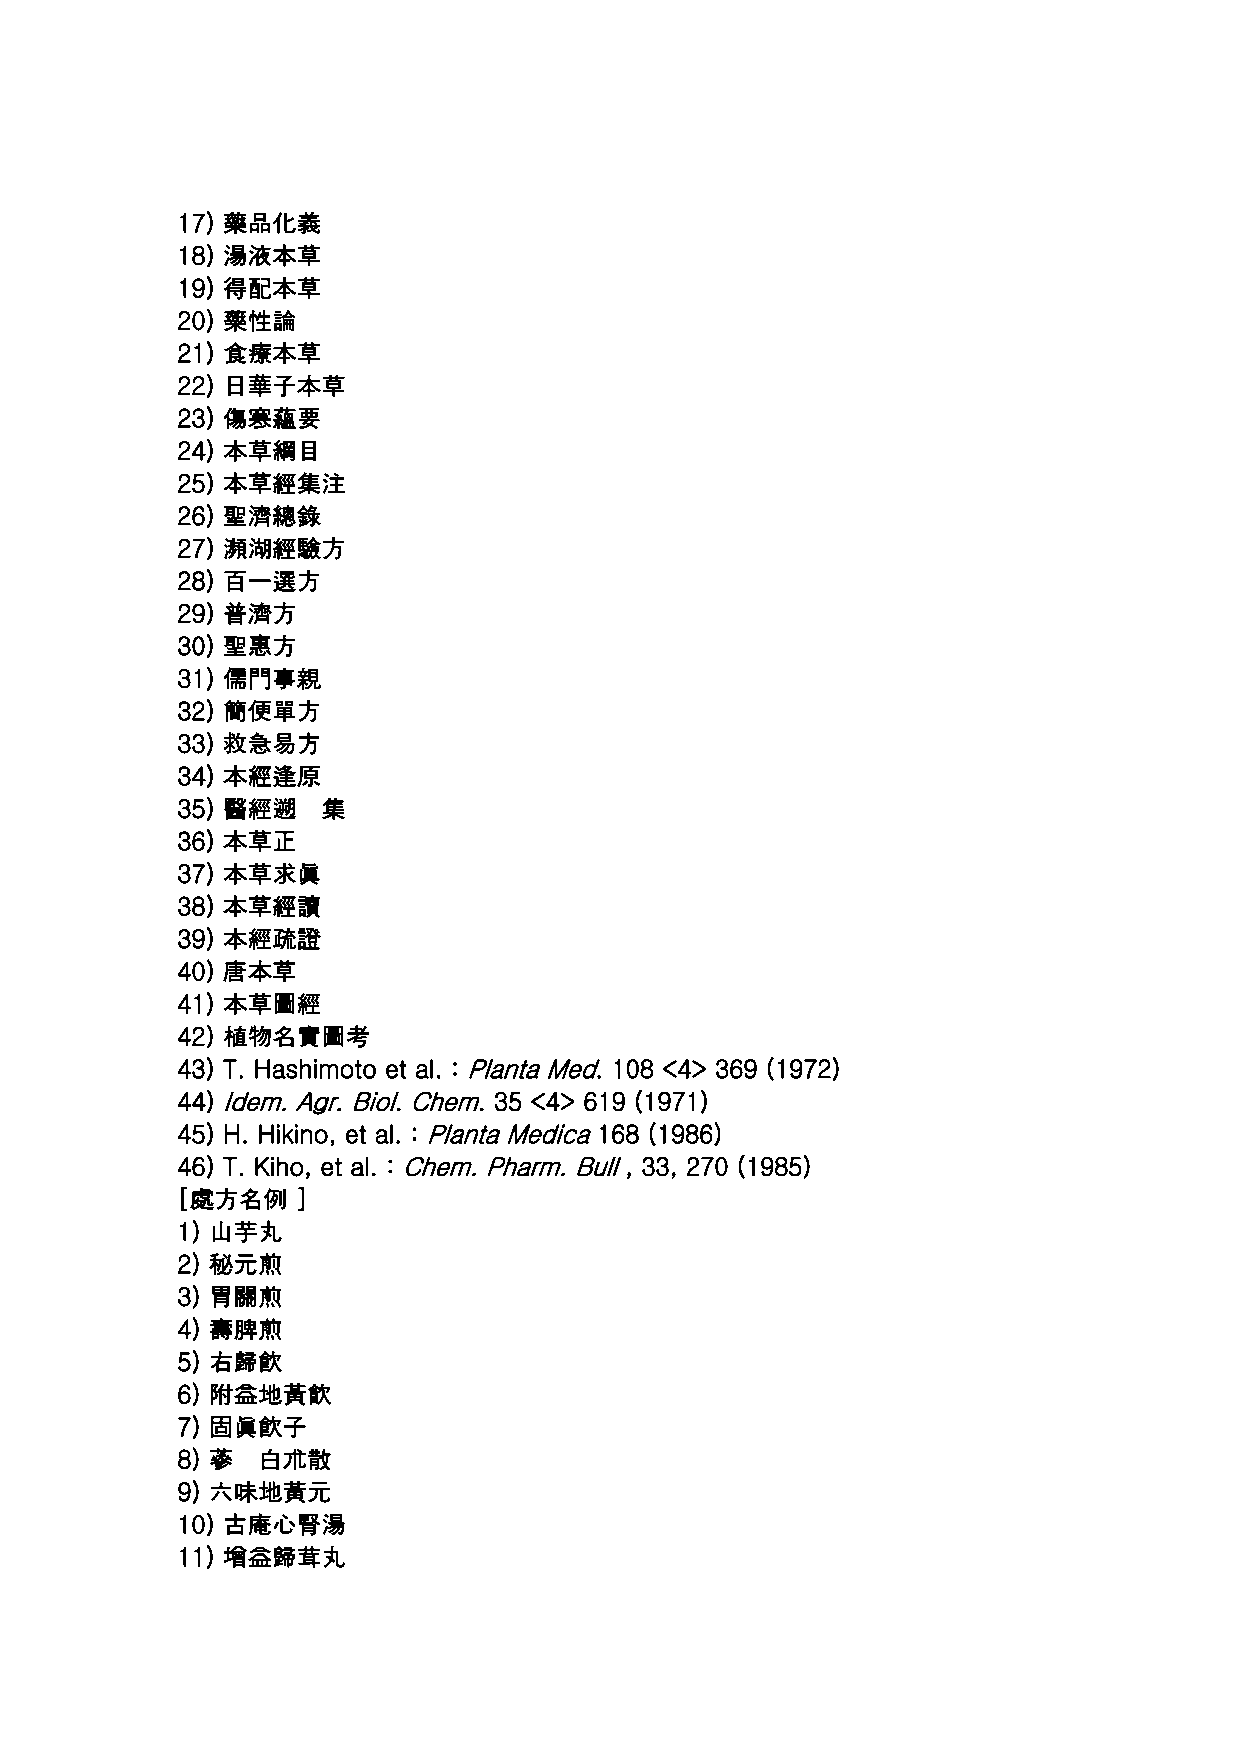
17) 藥品化義
 18) 湯液本草
 19) 得配本草
 20) 藥性論
 21) 食療本草
 22) 日華子本草
 23) 傷寒蘊要
 24) 本草綱目
 25) 本草經集注
 26) 聖濟總錄
 27) 瀕湖經驗方
 28) 百一選方
 29) 普濟方
 30) 聖惠方
 31) 儒門事親
 32) 簡便單方
 33) 救急易方
 34) 本經逢原
 35) 醫經遡  集
 36) 本草正
 37) 本草求眞
 38) 本草經讀
 39) 本經疏證
 40) 唐本草
 41) 本草圖經
 42) 植物名實圖考
 43) T. Hashimoto et al. : Planta Med. 108 <4> 369 (1972)
 44) Idem. Agr. Biol. Chem. 35 <4> 619 (1971)
 45) H. Hikino, et al. : Planta Medica 168 (1986)
 46) T. Kiho, et al. : Chem. Pharm. Bull , 33, 270 (1985)
 [處方名例   ]
 1) 山芋丸
 2) 秘元煎
 3) 胃關煎
 4) 壽脾煎
 5) 右歸飮
 6) 附益地黃飮
 7) 固眞飮子
 8) 蔘 白朮散
 9) 六味地黃元
 10) 古庵心腎湯
 11) 增益歸茸丸